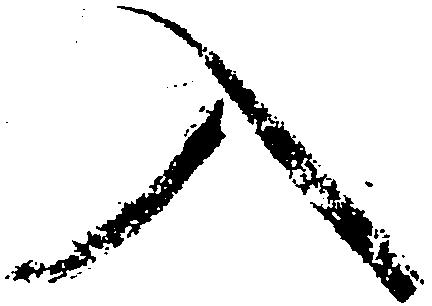
入